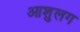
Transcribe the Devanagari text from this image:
आशुलग